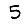
Digit: 5